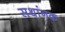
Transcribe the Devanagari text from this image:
सथांनक